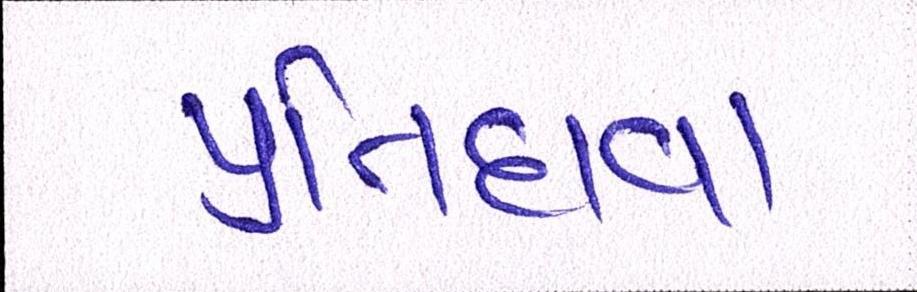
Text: પ્રતિદાવા